Indian journal of veterinary science and animal husbandry - Volume 4,
Year: 1934
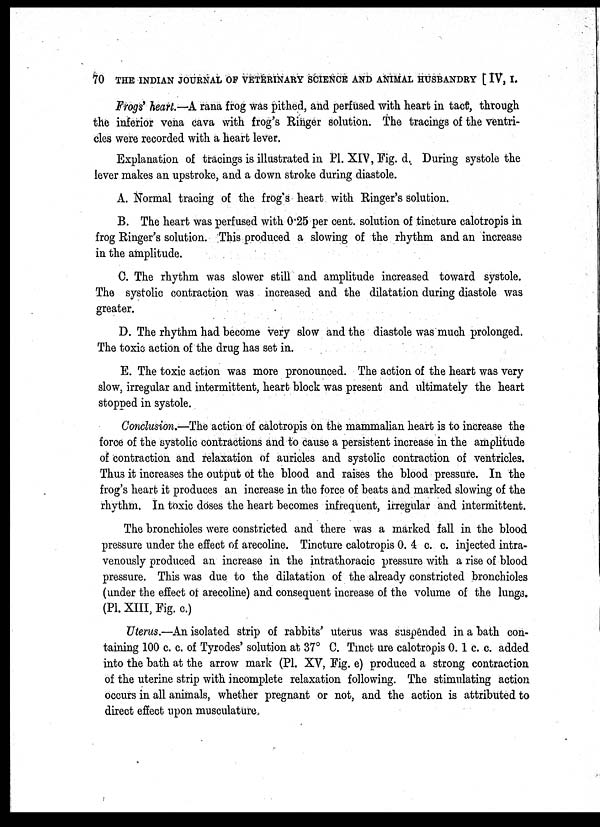
70 THE INDIAN JOURNAL OF VETERINARY SCIENCE AND ANIMAL HUSBANDRY [ IV, I.
Frogs. heart.—A rana frog was pithed, and perfused with heart in tact, through
the inferior vena cava with frog's Ringer solution. The tracings of the ventri-
cles were recorded with a heart lever.
Explanation of tracings is illustrated in PI. XIV, Fig. d. During systole the
lever makes an upstroke, and a down stroke during diastole.
A. Normal tracing of the frog's heart with Ringer's solution.
B. The heart was perfused with 0.25 per cent. solution of tincture calotropis in
frog Ringer's solution. This produced a slowing of the rhythm and an increase
in the amplitude.
C. The rhythm was slower still and amplitude increased toward systole.
The systolic contraction was increased and the dilatation during diastole was
greater.
D. The rhythm had become very slow and the diastole was much prolonged.
The toxic action of the drug has set in.
E. The toxic action was more pronounced. The action of the heart was very
slow, irregular and intermittent, heart block was present and ultimately the heart
stopped in systole.
Conclusion.—The action of calotropis on the mammalian heart is to increase the
force of the systolic contractions and to cause a persistent increase in the amplitude
of contraction and relaxation of auricles and systolic contraction of ventricles.
Thus it increases the output of the blood and raises the blood pressure. In the
frog's heart it produces an increase in the force of beats and marked slowing of the
rhythm. In toxic doses the heart becomes infrequent, irregular and intermittent.
The bronchioles were constricted and there was a marked fall in the blood
pressure under the effect of arecoline. Tincture calotropis 0. 4 c. c. injected intra-
venously produced an increase in the intrathoracic pressure with a rise of blood
pressure. This was due to the dilatation of the already constricted bronchioles
(under the effect of arecoline) and consequent increase of the volume of the lungs,
(PI. XIII, Fig. c.)
Uterus.—An isolated strip of rabbits' uterus was suspended in a bath con-
taining 100 c. c. of Tyrodes' solution at 37° C. Tinct ure calotropis 0. 1 c. c. added
into the bath at the arrow mark (PI. XV, Fig. e) produced a strong contraction
of the uterine strip with incomplete relaxation following. The stimulating action
occurs in all animals, whether pregnant or not, and the action is attributed to
direct effect upon musculature.